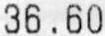
36.60